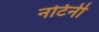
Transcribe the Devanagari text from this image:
नटिनी